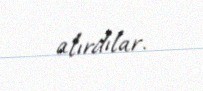
alırdılar.